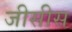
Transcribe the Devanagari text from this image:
जीसीस